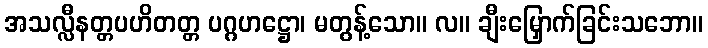
အသလ္လီနတ္တပဟိတတ္တ ပဂ္ဂဟဋ္ဌော၊ မတွန့်သော။ လ။ ချီးမြှောက်ခြင်းသဘော။